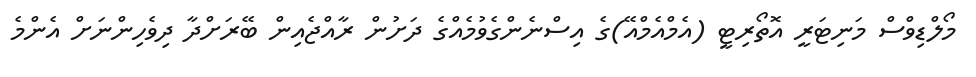
މޯލްޑިވްސް މަނިޓަރީ އޮތޯރިޓީ (އެމްއެމްއޭ)ގެ އިސްނެންގެވުމެއްގެ ދަށުން ރާއްޖެއިން ބޭރަށްދާ ދިވެހިންނަށް އެންމެ